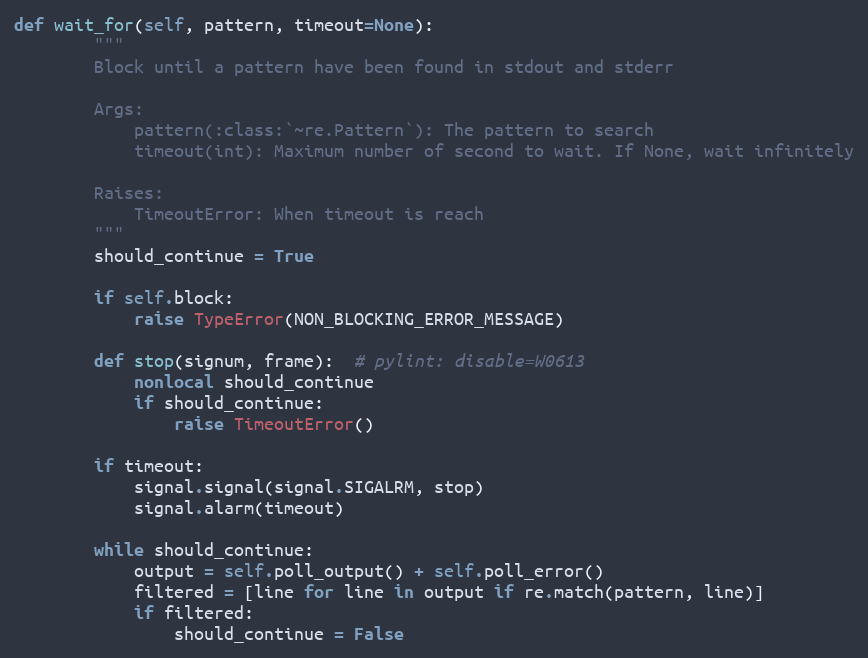
Language: Python
def wait_for(self, pattern, timeout=None):
        """
        Block until a pattern have been found in stdout and stderr

        Args:
            pattern(:class:`~re.Pattern`): The pattern to search
            timeout(int): Maximum number of second to wait. If None, wait infinitely

        Raises:
            TimeoutError: When timeout is reach
        """
        should_continue = True

        if self.block:
            raise TypeError(NON_BLOCKING_ERROR_MESSAGE)

        def stop(signum, frame):  # pylint: disable=W0613
            nonlocal should_continue
            if should_continue:
                raise TimeoutError()

        if timeout:
            signal.signal(signal.SIGALRM, stop)
            signal.alarm(timeout)

        while should_continue:
            output = self.poll_output() + self.poll_error()
            filtered = [line for line in output if re.match(pattern, line)]
            if filtered:
                should_continue = False